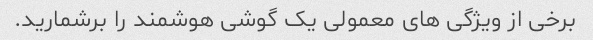
برخی از ویژگی های معمولی یک گوشی هوشمند را برشمارید.